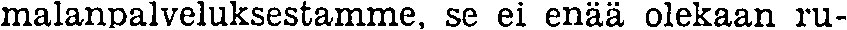
malanpalveluksestamme, se ei enää olekaan ru-